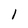
Character: 1